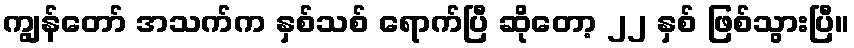
ကျွန်တော် အသက်က နှစ်သစ် ရောက်ပြီ ဆိုတော့ ၂၂ နှစ် ဖြစ်သွားပြီ။